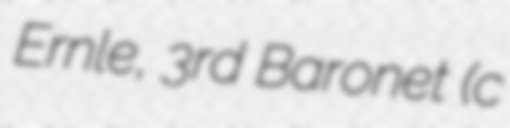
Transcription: Ernle, 3rd Baronet (c